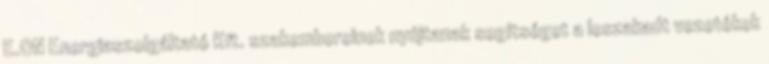
E.ON Energiaszolgáltató Kft. szakembereinek nyújtanak segítséget a leszakadt vezetékek